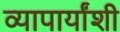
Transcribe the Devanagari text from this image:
व्यापार्यांशी